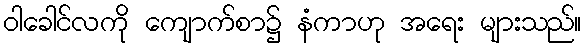
ဝါခေါင်လကို ကျောက်စာ၌ နံကာဟု အရေး များသည်။